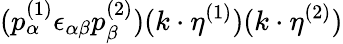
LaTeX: (p_{\alpha}^{(1)}\epsilon_{\alpha\beta}p_{\beta}^{(2)})(k\cdot\eta^{(1)})(k\cdot\eta^{(2)})